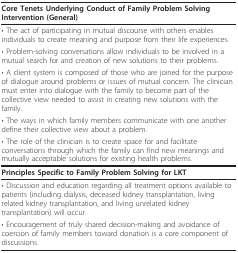
<table><thead><tr><td><b>Core Tenets Underlying Conduct of Family Problem Solving Intervention (General)</b></td></tr></thead><tbody><tr><td>• The act of participating in mutual discourse with others enables individuals to create meaning and purpose from their life experiences.</td></tr><tr><td>• Problem-solving conversations allow individuals to be involved in a mutual search for and creation of new solutions to their problems.</td></tr><tr><td>• A client system is composed of those who are joined for the purpose of dialogue around problems or issues of mutual concern. The clinician must enter into dialogue with the family to become part of the collective view needed to assist in creating new solutions with the family.</td></tr><tr><td>• The ways in which family members communicate with one another define their collective view about a problem.</td></tr><tr><td>• The role of the clinician is to create space for and facilitate conversations through which the family can find new meanings and mutually acceptable solutions for existing health problems.</td></tr><tr><td><b>Principles Specific to Family Problem Solving for LKT</b></td></tr><tr><td>• Discussion and education regarding all treatment options available to patients (including dialysis, deceased kidney transplantation, living related kidney transplantation, and living unrelated kidney transplantation) will occur.</td></tr><tr><td>• Encouragement of truly shared decision-making and avoidance of coercion of family members toward donation is a core component of discussions.</td></tr></tbody></table>